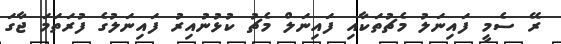
ރޭ ސެމީ ފައިނަލު މެޗުތަކާއި ފައިނަލް މެޗު ކުޅުނުއިރު ފައިނަލުގެ ފުރަތަމަ ޖާގަ